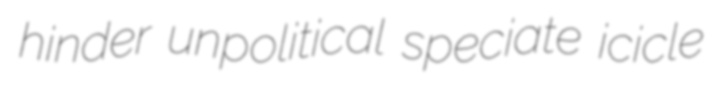
hinder unpolitical speciate icicle